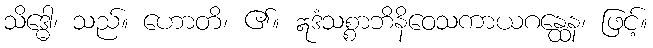
သိဒ္ဓေါ၊ သည်။ ဟောတိ၊ ၏။ ဣဒံသစ္စာဘိနိဝေသကာယဂန္ထေန၊ ဖြင့်။